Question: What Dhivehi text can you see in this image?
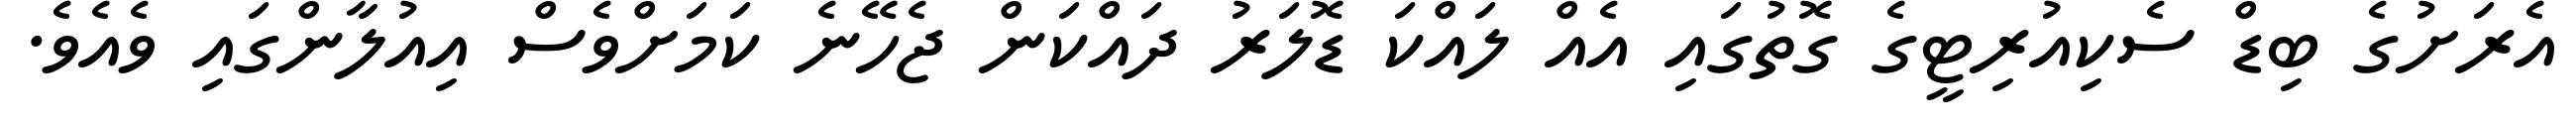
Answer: އެރަށުގެ ބިޑް ސެކިއުރިޓީގެ ގޮތުގައި އެއް ލައްކަ ޑޮލަރު ދައްކަން ޖެހޭނެ ކަމަށްވެސް އިއުލާންގައި ވެއެވެ.